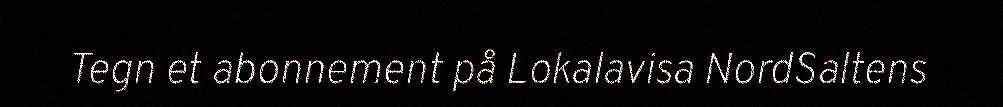
Tegn et abonnement på Lokalavisa NordSaltens